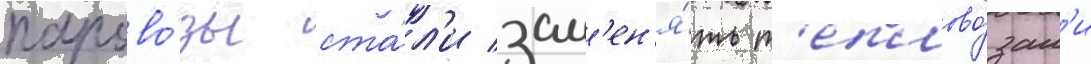
парово́зы ста́л'и зам'ен'я́ть т'еплово́зам'и